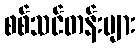
စစ်သင်တန်းများ